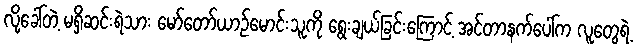
လို့ခေါ်တဲ့ မရှိဆင်းရဲသား မော်တော်ယာဉ်မောင်းသူကို ရွေးချယ်ခြင်းကြောင့် အင်တာနက်ပေါ်က လူတွေရဲ့